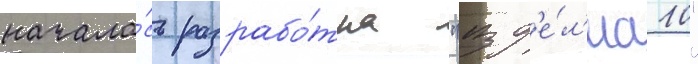
начала́сь разрабо́тка "изд'е́л'иа 10"